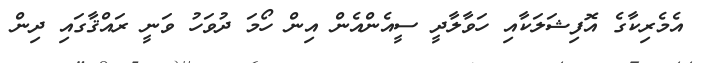
އެމެރިކާގެ އޮފިޝަލަކާއި ހަވާލާދީ ސީއެންއެން އިން ހޯމަ ދުވަހު ވަނީ ރައްޤާގައި ދިން